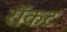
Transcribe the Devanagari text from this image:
रॉकट